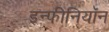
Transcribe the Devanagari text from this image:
इन्फीनियॉन